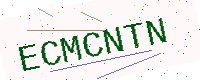
Text: ECMCNTN